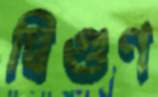
দ্বিগুণ